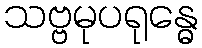
သဗ္ဗမုပရုန္ဓေ